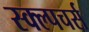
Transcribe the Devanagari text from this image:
स्क्ल्पचर्स